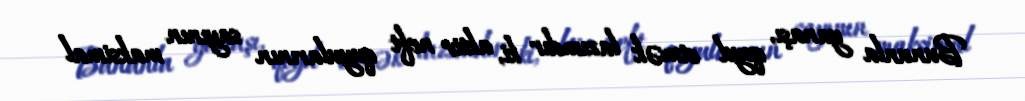
Bununla yanaşı, qeyd etmək lazımdır ki, aktiv neft quyularının sayının maksimal